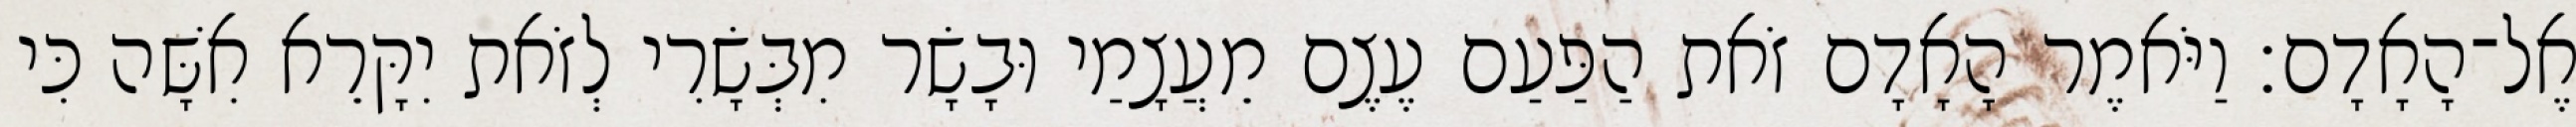
אֶל־הָאָדָם׃ וַיֹּאמֶר הָאָדָם זֹאת הַפַּעַם עֶצֶם מֵעֲצָמַי וּבָשָׂר מִבְּשָׂרִי לְזֹאת יִקָּרֵא אִשָּׁה כִּי